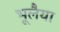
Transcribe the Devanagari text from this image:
भूलैया